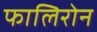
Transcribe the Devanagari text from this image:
फालिरोन